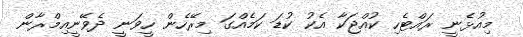
މިއުޅެނީ ރައްޓެހި ކުއްޖަކާ އެކު ކުޑަ ކަމެއްގަ މިރޭހެން ހީވަނީ ދެވޭނީއިމްރާން